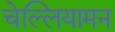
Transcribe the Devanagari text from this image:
चेल्लियामन